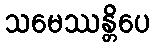
သမေဿန္တိပေ